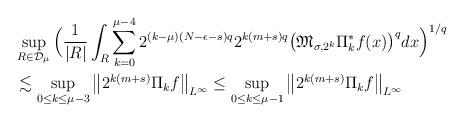
LaTeX: \begin{align*}&\sup_{R\in\mathcal{D}_{\mu}}{\Big( \frac{1}{|R|}\int_R{\sum_{k=0}^{\mu-4}2^{(k-\mu)(N-\epsilon-s)q}2^{k(m+s)q}\big( \mathfrak{M}_{\sigma,2^k}\Pi^*_kf(x)\big)^q}dx\Big)^{1/q}}\\&\lesssim \sup_{0\leq k\leq \mu-3}\big\Vert 2^{k(m+s)}\Pi_kf\big\Vert_{L^{\infty}}\leq \sup_{0\leq k\leq \mu-1}\big\Vert 2^{k(m+s)}\Pi_kf\big\Vert_{L^{\infty}}\end{align*}